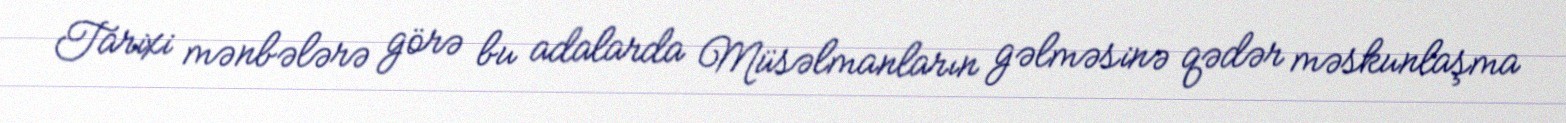
Tarixi mənbələrə görə bu adalarda Müsəlmanların gəlməsinə qədər məskunlaşma